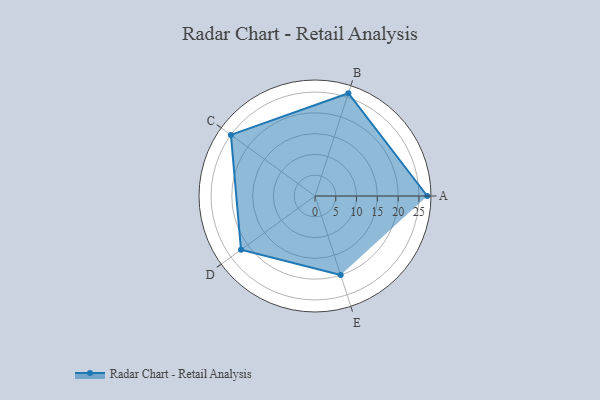
{"axis": {"x": "Skill", "y": "Score"}, "legend": ["Profile"], "data": [{"x": "A", "y": 27.0, "type": "Profile"}, {"x": "B", "y": 26.0, "type": "Profile"}, {"x": "C", "y": 25.0, "type": "Profile"}, {"x": "D", "y": 22.0, "type": "Profile"}, {"x": "E", "y": 20, "type": "Profile"}]}